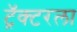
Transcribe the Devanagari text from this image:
ट्रॅक्टरला